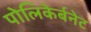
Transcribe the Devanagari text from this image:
पोलिकेर्बनेट